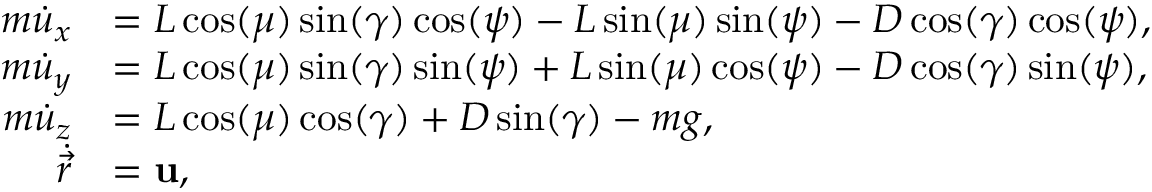
\begin{array} { r l } { m \Dot { u } _ { x } } & { = L \cos ( \mu ) \sin ( \gamma ) \cos ( \psi ) - L \sin ( \mu ) \sin ( \psi ) - D \cos ( \gamma ) \cos ( \psi ) , } \\ { m \Dot { u } _ { y } } & { = L \cos ( \mu ) \sin ( \gamma ) \sin ( \psi ) + L \sin ( \mu ) \cos ( \psi ) - D \cos ( \gamma ) \sin ( \psi ) , } \\ { m \Dot { u } _ { z } } & { = L \cos ( \mu ) \cos ( \gamma ) + D \sin ( \gamma ) - m g , } \\ { \Dot { \vec { r } } } & { = \mathbf { u } , } \end{array}